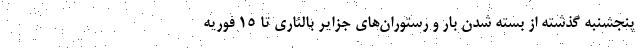
پنجشنبه گذشته از بسته شدن بار و رستوران‌های جزایر بالئاری تا 15 فوریه